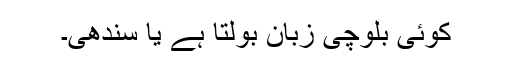
کوئی بلوچی زبان بولتا ہے یا سندھی۔